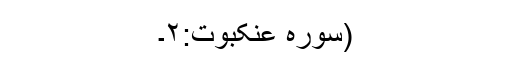
(سورہ عنکبوت:۲۔